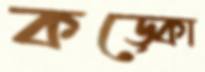
কড়্‌কো